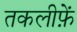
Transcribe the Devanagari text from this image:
तकलीफ़ें